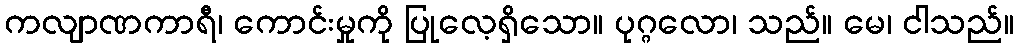
ကလျာဏကာရီ၊ ကောင်းမှုကို ပြုလေ့ရှိသော။ ပုဂ္ဂလော၊ သည်။ မေ၊ ငါသည်။